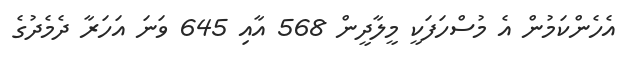
އެހެންކަމުން އެ މުސްހަފަކީ މީލާދީން 568 އާއި 645 ވަނަ އަހަރާ ދެމެދުގެ